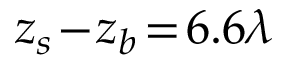
z _ { s } \! - \! z _ { b } \! = \! 6 . 6 \lambda